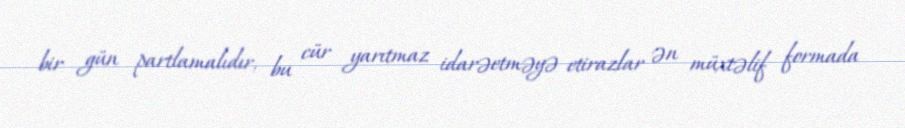
bir gün partlamalıdır, bu cür yarıtmaz idarəetməyə etirazlar ən müxtəlif formada